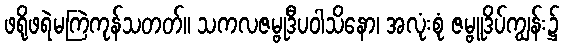
ဖရိုဖရဲမကြဲကုန်သတတ်။ သကလဇမ္ဗုဒီပဝါသိနော၊ အလုံးစုံ ဇမ္ဗူဒိပ်ကျွန်း၌